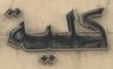
كلية